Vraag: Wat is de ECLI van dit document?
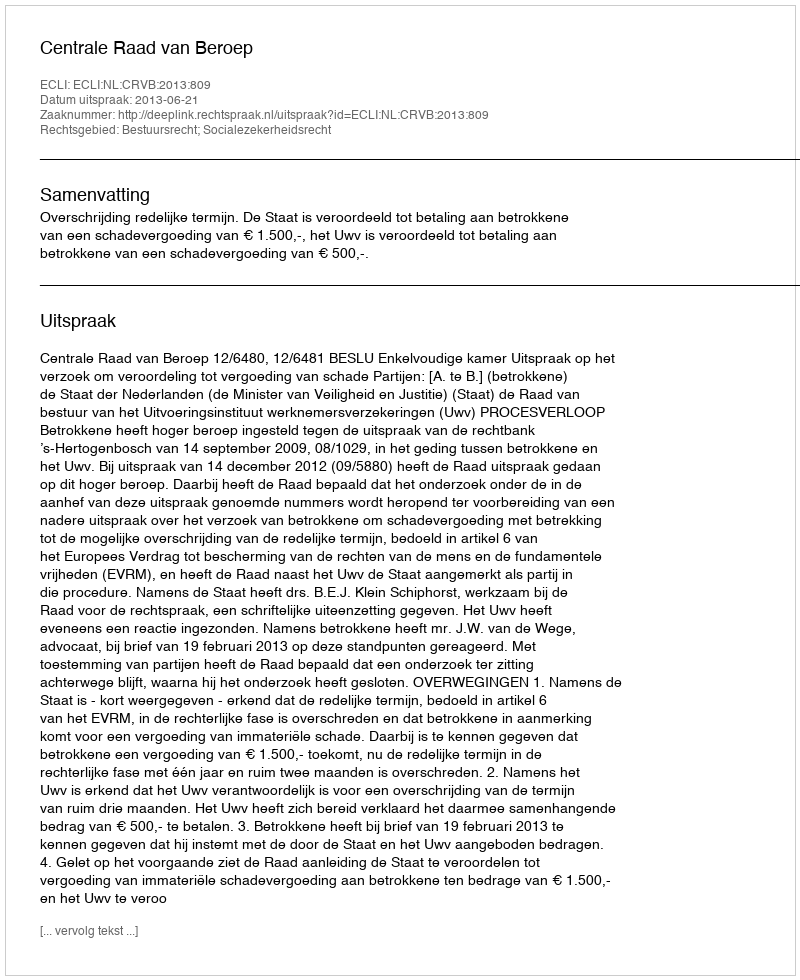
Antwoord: ECLI:NL:CRVB:2013:809